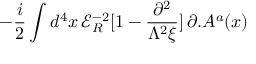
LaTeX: - \frac { i } { 2 } \int d ^ { 4 } x \, { \mathcal { E } } _ { R } ^ { - 2 } [ 1 - \frac { \partial ^ { 2 } } { \Lambda ^ { 2 } \xi } ] \, \partial . A ^ { a } ( x )